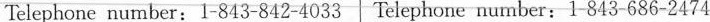
Telephone number：1-843-842-4033 Telephone number：1-843-686-2474